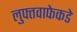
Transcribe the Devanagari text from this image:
लुफ्तवाफेकडे